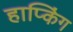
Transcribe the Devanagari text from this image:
हाप्किंग